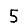
Digit: 5